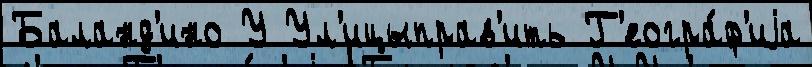
Баланд'ино У Ул'ицыправ'ить Г'еогра́ф'иjа